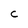
Character: c